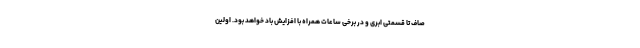
صاف تا قسمتی ابری و در برخی ساعات همراه با افزایش باد خواهد بود. اولین